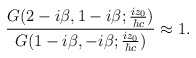
\begin{align*}\frac{G(2-i{\beta},1-i{\beta};\frac{iz_0}{{\hbar}c})}{G(1-i{\beta},-i{\beta};\frac{iz_0}{{\hbar}c})}\approx 1.\end{align*}